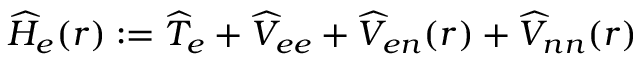
\widehat H _ { e } ( r ) : = \widehat T _ { e } + \widehat V _ { e e } + \widehat V _ { e n } ( r ) + \widehat V _ { n n } ( r )